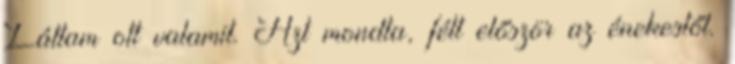
Láttam ott valamit. Azt mondta, félt először az énekestől.